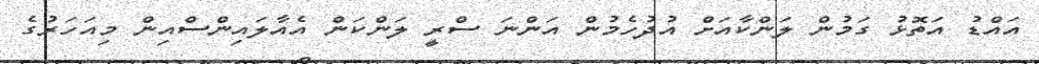
އައްޑު އަތޮޅު ގަމުން ލަންކާއަށް އުދުހެމުން އަންނަ ސްރީ ލަންކަން އެއާލައިންސްއިން މިއަހަރުގެ